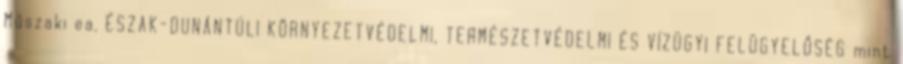
Műszaki ea. ÉSZAK-DUNÁNTÚLI KÖRNYEZETVÉDELMI, TERMÉSZETVÉDELMI ÉS VÍZÜGYI FELÜGYELŐSÉG mint